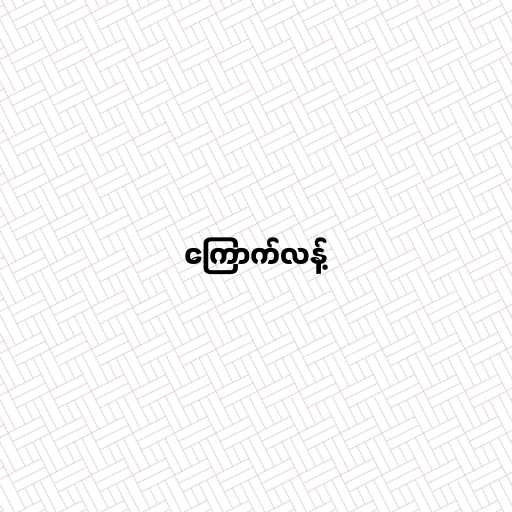
ကြောက်လန့်